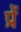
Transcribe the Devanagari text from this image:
प्रें